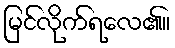
မြင်လိုက်ရလေ၏။